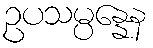
ဥပသမ္ပန္နေန